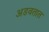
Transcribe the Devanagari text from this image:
अडवतात